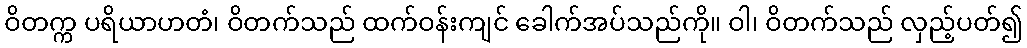
ဝိတက္က ပရိယာဟတံ၊ ဝိတက်သည် ထက်ဝန်းကျင် ခေါက်အပ်သည်ကို။ ဝါ၊ ဝိတက်သည် လှည့်ပတ်၍